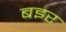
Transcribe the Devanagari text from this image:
बइर